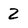
Character: 2